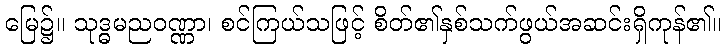
မြေ၌။ သုဒ္ဓမညဝဏ္ဏာ၊ စင်ကြယ်သဖြင့် စိတ်၏နှစ်သက်ဖွယ်အဆင်းရှိကုန်၏။